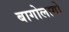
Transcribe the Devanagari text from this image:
बागोलागो